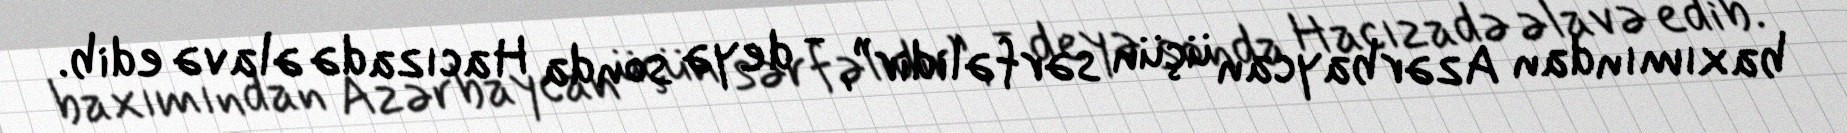
baxımından Azərbaycan üçün sərfəlidir”, - deyə sonda Hacızadə əlavə edib.